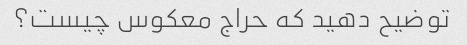
توضیح دهید که حراج معکوس چیست؟